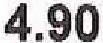
4.90